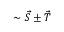
\sim \vec { S } \pm \vec { T }